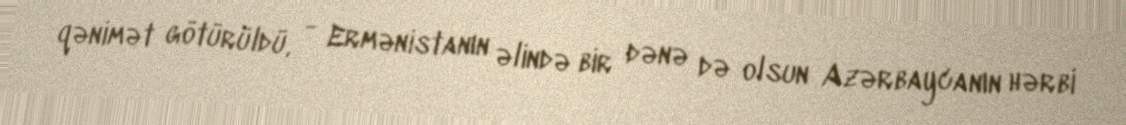
qənimət götürüldü, - Ermənistanın əlində bir dənə də olsun Azərbaycanın hərbi